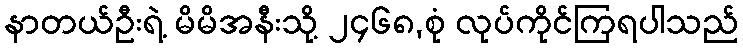
နာတယ်ဦးရဲ့ မိမိအနီးသို့ ၂၄၆၈,စုံ လုပ်ကိုင်ကြရပါသည်